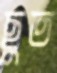
ছুত